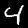
Label: 4